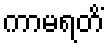
ကာမရတိံ